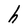
Character: h